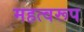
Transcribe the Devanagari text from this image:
महत्वरूप